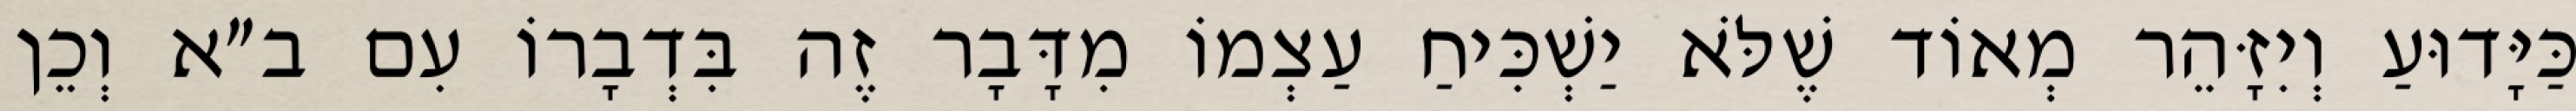
כַּיָּדוּעַ וְיִזָּהֵר מְאוֹד שֶׁלֹּא יַשְׁכִּיחַ עַצְמוֹ מִדָּבָר זֶה בִּדְבָרוֹ עִם ב״א וְכֵן